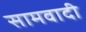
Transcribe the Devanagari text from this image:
सामवादी